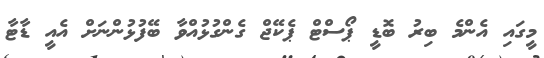
މީގައި އެންމެ ބިރު ބޮޑީ ޕޯސްޓް ޕެކޭޖް ގެންގުޅުއްވާ ބޭފުޅުންނަށް އެއީ ޑާޓާ